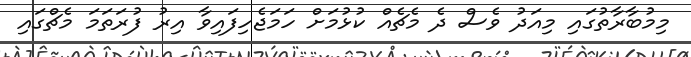
މިމުބާރާތުގައި މިއަދު ވެސް ދެ މެޗެއް ކުޅުމަށް ހަމަޖެހިފައިވާ އިރު ފުރަތަމަ މެޗްގައި